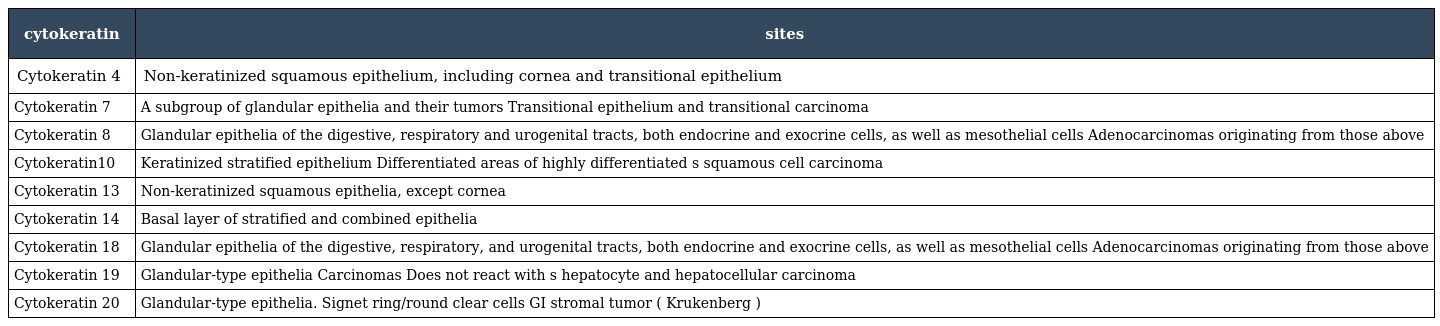
| cytokeratin | sites |
 | --- | --- |
 | Cytokeratin 4 | Non-keratinized squamous epithelium, including cornea and transitional epithelium |
 | Cytokeratin 7 | A subgroup of glandular epithelia and their tumors Transitional epithelium and transitional carcinoma |
 | Cytokeratin 8 | Glandular epithelia of the digestive, respiratory and urogenital tracts, both endocrine and exocrine cells, as well as mesothelial cells Adenocarcinomas originating from those above |
 | Cytokeratin10 | Keratinized stratified epithelium Differentiated areas of highly differentiated s squamous cell carcinoma |
 | Cytokeratin 13 | Non-keratinized squamous epithelia, except cornea |
 | Cytokeratin 14 | Basal layer of stratified and combined epithelia |
 | Cytokeratin 18 | Glandular epithelia of the digestive, respiratory, and urogenital tracts, both endocrine and exocrine cells, as well as mesothelial cells Adenocarcinomas originating from those above |
 | Cytokeratin 19 | Glandular-type epithelia Carcinomas Does not react with s hepatocyte and hepatocellular carcinoma |
 | Cytokeratin 20 | Glandular-type epithelia. Signet ring/round clear cells GI stromal tumor ( Krukenberg ) |